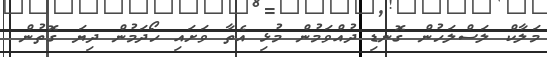
މަލާކް ލަސްލަހުން ގޮނޑި ދުއްވަމުން މުޅި އެތާ ވަށައި ހޯދަމުން ދިޔަ ގޮތުން